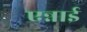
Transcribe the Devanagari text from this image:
एन्नाई